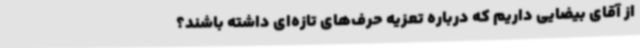
از آقای بیضایی داریم که درباره تعزیه حرف‌های تازه‌ای داشته باشند؟